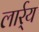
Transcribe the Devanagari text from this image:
लार्र्य